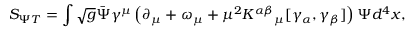
S _ { \Psi T } = \int \sqrt { g } { \bar { \Psi } } \gamma ^ { \mu } \left( \partial _ { \mu } + \omega _ { \mu } + \mu ^ { 2 } K ^ { \alpha \beta } { } _ { \mu } [ \gamma _ { \alpha } , \gamma _ { \beta } ] \right) \Psi d ^ { 4 } x ,